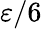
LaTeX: \varepsilon/6